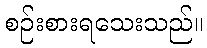
စဉ်းစားရသေးသည်။